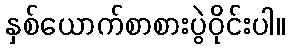
နှစ်ယောက်စာစားပွဲဝိုင်းပါ။